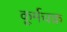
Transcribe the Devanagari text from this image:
कूर्मचक्र